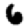
Digit: 6